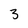
Character: 3